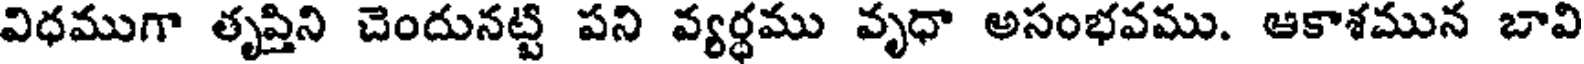
విధముగా తృప్తిని చెందునట్టి పని వ్యర్ధము వృధా అసంభవము. ఆకాశమున బావి